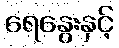
ရေနွေးနှင့်